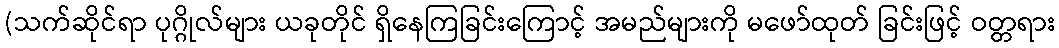
(သက်ဆိုင်ရာ ပုဂ္ဂိုလ်များ ယခုတိုင် ရှိနေကြခြင်းကြောင့် အမည်များကို မဖော်ထုတ် ခြင်းဖြင့် ဝတ္တရား